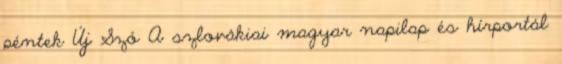
péntek Új Szó A szlovákiai magyar napilap és hírportál